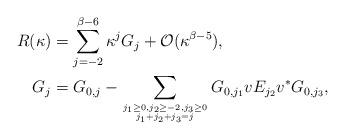
LaTeX: \begin{align*}R(\kappa)&=\sum_{j=-2}^{\beta-6}\kappa^jG_j+\mathcal O(\kappa^{\beta-5}),\\G_j&=G_{0,j}-\sum_{\genfrac{}{}{0pt}{}{j_1\ge 0,j_2\ge -2,j_3\ge 0}{j_1+j_2+j_3=j}}G_{0,j_1}vE_{j_2}v^*G_{0,j_3},\end{align*}